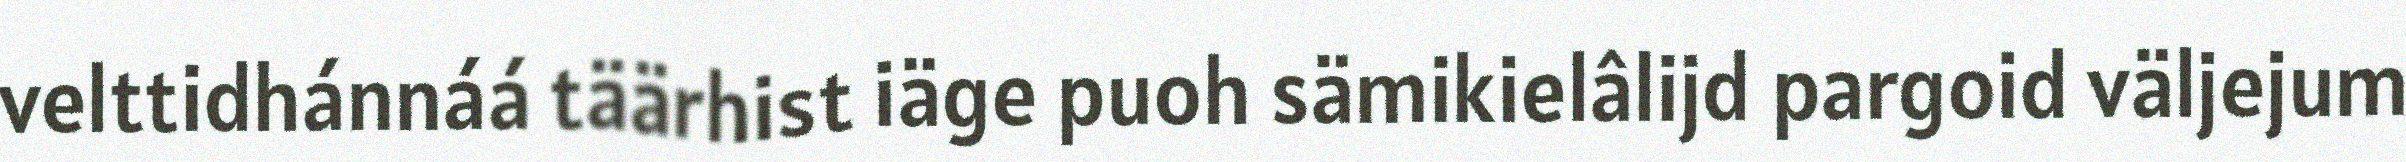
velttidhánnáá täärhist iäge puoh sämikielâlijd pargoid väljejum